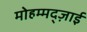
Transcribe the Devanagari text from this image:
मोहम्मद्ज़ाई